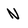
Character: N